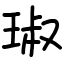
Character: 琡